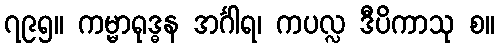
၇၉၅။ ကမ္မာရုဒ္ဓန အင်္ဂါရ၊ ကပလ္လ ဒီပိကာသု စ။